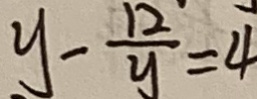
y - \frac { 1 2 } { y } = 4